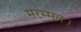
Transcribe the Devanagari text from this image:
मरम्मत।